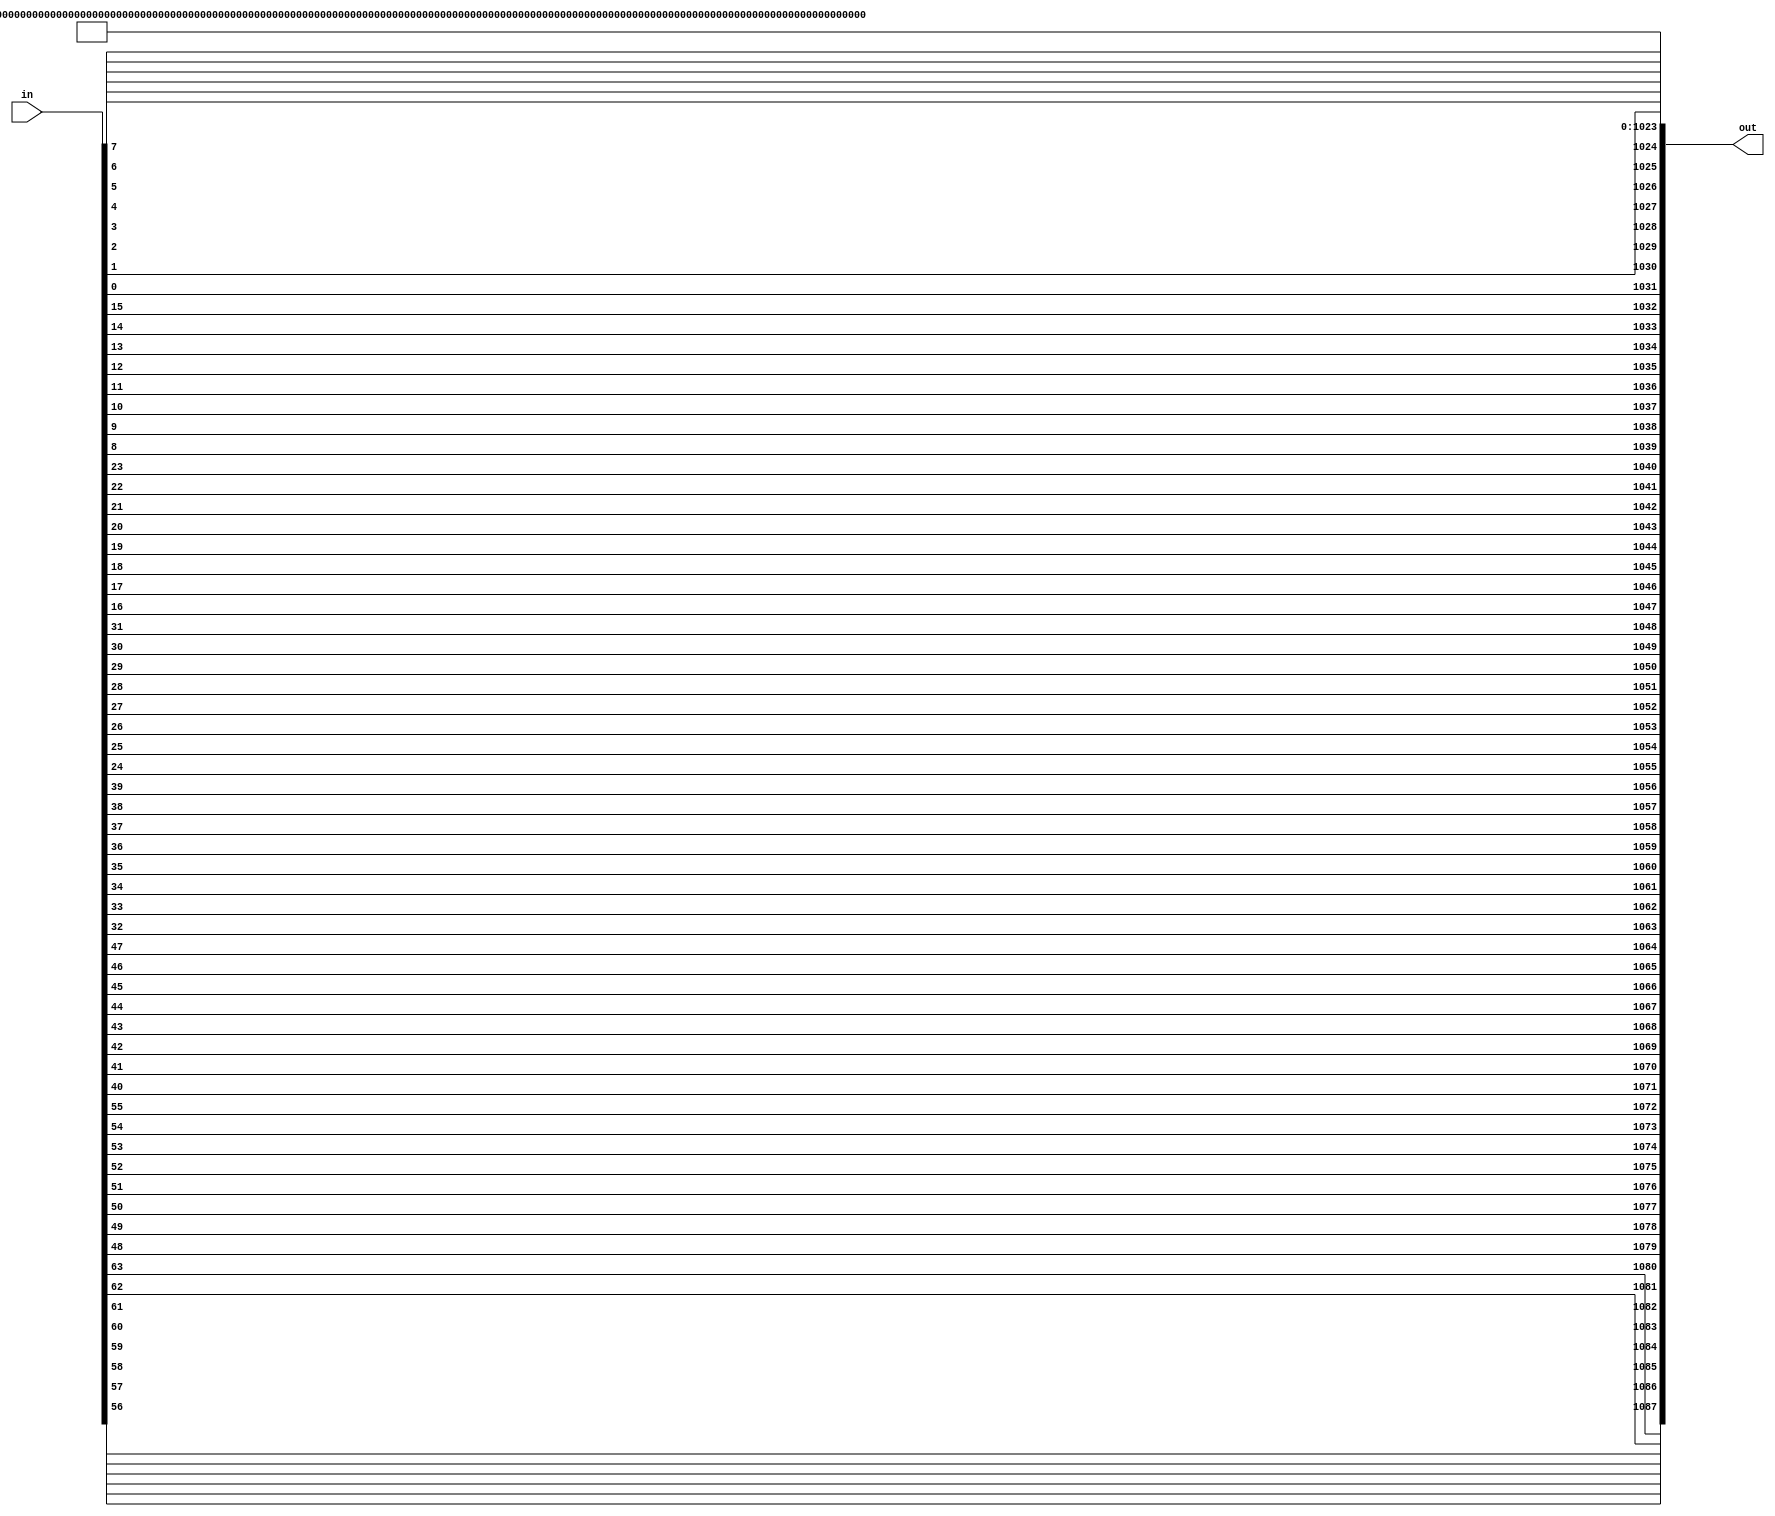
module Padding #(
    parameter DIN_WIDTH  = 64,
    parameter DOUT_WIDTH = 256
) (out, in);
    integer j;
    input  [0:DIN_WIDTH-1]          in;
    output [1599 - DOUT_WIDTH*2:0]  out;

    reg [DIN_WIDTH-1:0] result;

    // mirror bits in wide 10-bit value    
    always @*
    begin
    for(j=0;j<DIN_WIDTH;j=j+8)
    begin
        result[j]   = in[DIN_WIDTH-8 - j];
        result[j+1] = in[DIN_WIDTH-7 - j];
        result[j+2] = in[DIN_WIDTH-6 - j];
        result[j+3] = in[DIN_WIDTH-5 - j];
        result[j+4] = in[DIN_WIDTH-4 - j];
        result[j+5] = in[DIN_WIDTH-3 - j];
        result[j+6] = in[DIN_WIDTH-2 - j];
        result[j+7] = in[DIN_WIDTH-1 - j];
    end
    end

    assign out = {result, 1'b1, {(1598 - DOUT_WIDTH*2 - DIN_WIDTH){1'b0}}, 1'b1};
    // assign out = result;
endmodule